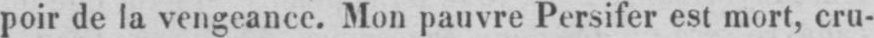
poir de la vengeance. Mon pauvre Persifer est mort, cru-